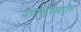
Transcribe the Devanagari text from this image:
नागर्जुनावरील